Vaccination in Burma 1920-1933 - 1920-1933
Year: 1920
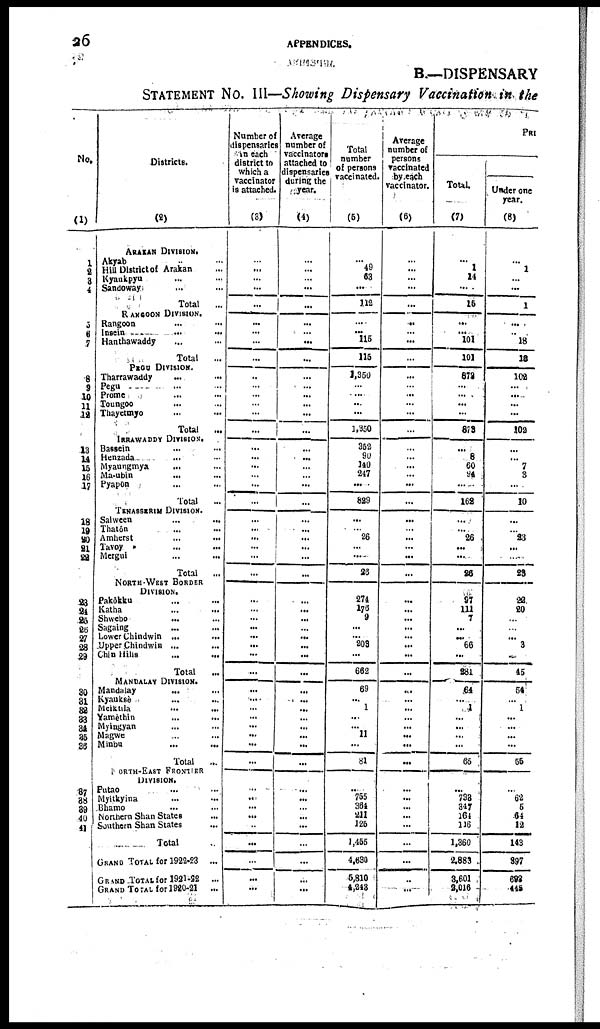
26
APPENDICES.
B.—DISPENSARY
STATEMENT No. III—Showing Dispensary Vaccination in the
No.
(1)
1
2
3
4
5
6
7
8
9
10
11
12
13
14
15
16
17
18
19
20
21
22
23
24
25
26
27
28
29
30
31
32
33
34
35
36
37
38
39
40
41
Districts.
(2)
ARAKAN DIVISION.
Akyab
...
...
Hill District of Arakan ...
Kyaukpyu ... ...
Sandoway ... ...
Total
...
RANGOON DIVISION.
Rangoon ... ...
Insein
...
...
Hanthawaddy ... ...
Total
...
PEGU DIVISION.
Tharrawaddy
...
...
Pegu ... ...
Prome ... ...
Toungoo ... ...
Thayetmyo
...
...
Total
...
IRRAWADDY DIVISION.
Bassein ... ...
Henzada ... ...
Myaungmya
... ...
Ma-ubin
... ...
Pyapôn ... ...
Total ...
TENASSERIM DIVISION.
Salween ... ...
Thatôn ... ...
Amherst
...
...
Tavoy ... ...
Mergui
...
...
Total
...
NORTH-WEST BORDER
DIVISION.
Pakôkku
...
...
Katha ... ...
Shwebo
... ...
Sagaing ... ...
Lower Chindwin ...
...
Upper Chindwin ... ...
Chin Mills ... ...
Total ...
MANDALAV DIVISION.
Mandalay ... ...
Kyauksè ... ...
Meiktila
...
...
Yamèthin
...
...
Myingyan ... ...
Magwe ... ...
Minbu
...
...
Total
...
NORTH EAST FRONTIER
DIVISION.
Putao ... ...
Myitkyina ... ...
Bhamo
... ...
Northern Shan States
...
Southern Shan States
...
Total ...
GRAND TOTAL for 1922-23 ...
GRAND TOTAL for 1921-22 ...
GRAND TOTAL for 1920-21 ...
Number of
dispensaries
in each
district to
which a
vaccinator
is attached.
(3)
... ...
...
...
...
...
...
...
...
...
...
...
...
...
...
...
...
...
...
...
...
...
...
...
...
...
...
...
...
...
...
...
...
...
...
...
...
...
...
...
...
...
...
...
...
...
...
...
...
...
...
...
Average
number of
vaccinators
attached to
dispensaries
during the
year.
(4)
...
...
...
...
...
...
...
...
...
...
...
...
...
...
...
...
... ...
... ...
...
...
... ...
...
...
...
...
...
...
...
...
...
...
...
...
...
...
... ...
...
...
...
...
...
...
...
...
...
...
...
...
Total
number
of persons
vaccinated.
(5)
... 49
63
...
112
....
... 115
115
1,350
...
...
...
...
1,350
352
90
140
247
...
829
...
... 26
...
...
26
274
176
9
...
... 203
...
662
69
... 1
...
...
11
...
81
... 755
364
211
125
1,455
4,630
5,810
4,243
Average
number of
persons
vaccinated
by each
vaccinator.
(6)
...
...
...
...
...
... ...
...
...
...
...
...
...
...
...
... ...
...
...
...
...
...
... ...
... ...
...
...
...
... ...
... ...
...
...
...
...
...
...
...
...
...
...
...
...
...
...
...
...
...
...
...
PRI
Total.
(7)
...
1
14
...
15
...
... 101
101
872
... ...
...
...
873
...
8
60
94
...
162
...
...
26
... ...
26
97
111
7
...
...
66
...
281
64
...
1
...
...
... ...
65
...
733
347
164
116
1,360
2,883
3,601
2,016
Under one
year.
(8)
...
1
...
...
1
...
...
18
12
102
...
...
...
...
102
... ... 7
3
...
10
...
...
23
...
...
23
22
20
...
...
...
3
...
45
54
...
1
...
...
... ...
55
...
62
5
64
12
143
397
692
445